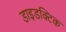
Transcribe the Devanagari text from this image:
डाइडक्टिक